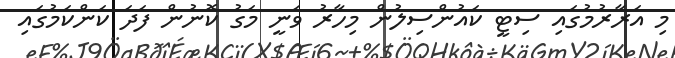
މި އަރާރުމުގައި ސިޓީ ކައުންސިލުން މިހާރު ވަނީ މަގު ކޮނުން ފަދަ ކަންކަމުގައި